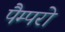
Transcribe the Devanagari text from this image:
पैम्परो